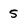
Character: 5